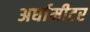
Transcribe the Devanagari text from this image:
अर्धामीटर